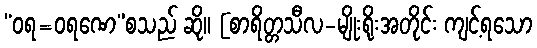
“ဝရ=ဝရဏေ”စသည် ဆို။ [စာရိတ္တသီလ-မျိုးရိုးအတိုင်း ကျင့်ရသော